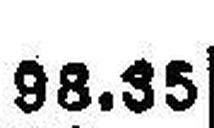
88.35